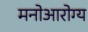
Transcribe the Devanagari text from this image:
मनोआरोग्य